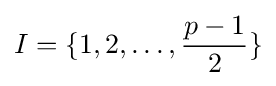
I=\{1,2,\dots ,{\frac {p-1}{2}}\}